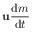
\mathbf { u } { \frac { \mathrm { d } m } { \mathrm { d } t } }